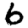
Digit: 6